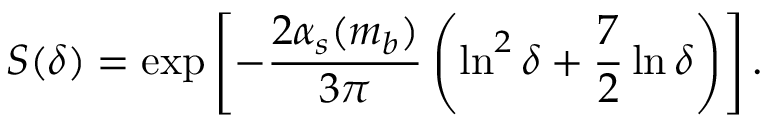
S ( \delta ) = \exp \left[ - \frac { 2 \alpha _ { s } ( m _ { b } ) } { 3 \pi } \left( \ln ^ { 2 } \delta + \frac { 7 } { 2 } \ln \delta \right) \right] .